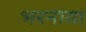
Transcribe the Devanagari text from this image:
भरनावा